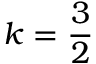
k = \frac { 3 } { 2 }